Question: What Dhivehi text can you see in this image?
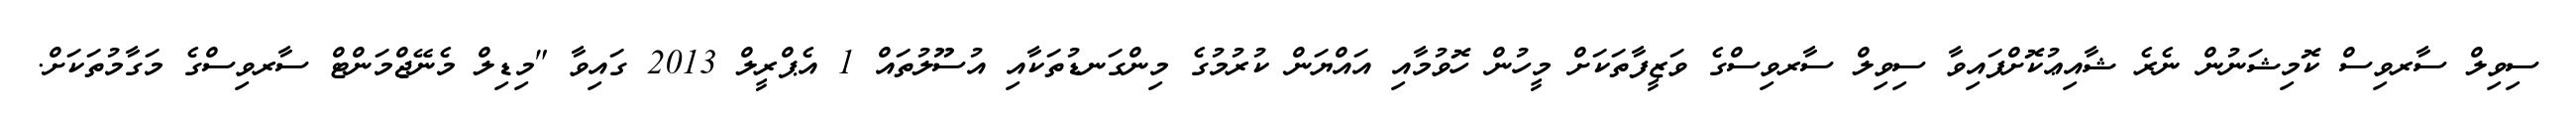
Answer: ސިވިލް ސާރވިސް ކޮމިޝަނުން ނެރެ ޝާއިޢުކޮށްފައިވާ ސިވިލް ސާރވިސްގެ ވަޒީފާތަކަށް މީހުން ހޮވުމާއި އައްޔަން ކުރުމުގެ މިންގަނޑުތަކާއި އުސޫލުތައް 1 އެޕްރީލް 2013 ގައިވާ "މިޑިލް މެނޭޖްމަންޓް ސާރވިސްގެ މަގާމުތަކަށް.